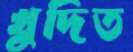
খুদিত